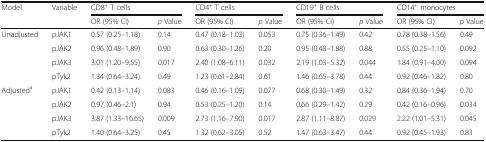
<table><thead><tr><td><b>Model</b></td><td><b>Variable</b></td><td colspan="2"><b>CD8<sup>+</sup> T cells</b></td><td colspan="2"><b>CD4<sup>+</sup> T cells</b></td><td colspan="2"><b>CD19<sup>+</sup> B cells</b></td><td colspan="2"><b>CD14<sup>+</sup> monocytes</b></td></tr><tr><td></td><td></td><td><b>OR (95% CI)</b></td><td><b><i>p</i> Value</b></td><td><b>OR (95% CI)</b></td><td><b><i>p</i> Value</b></td><td><b>OR (95% CI)</b></td><td><b><i>p</i> Value</b></td><td><b>OR (95% CI)</b></td><td><b><i>p</i> Value</b></td></tr></thead><tbody><tr><td>Unadjusted</td><td>pJAK1</td><td>0.57 (0.25–1.18)</td><td>0.14</td><td>0.47 (0.18–1.03)</td><td>0.053</td><td>0.75 (0.36–1.49)</td><td>0.42</td><td>0.78 (0.38–1.56)</td><td>0.49</td></tr><tr><td></td><td>pJAK2</td><td>0.96 (0.48–1.89)</td><td>0.90</td><td>0.63 (0.30–1.26)</td><td>0.20</td><td>0.95 (0.48–1.88)</td><td>0.88</td><td>0.55 (0.25–1.10)</td><td>0.092</td></tr><tr><td></td><td>pJAK3</td><td>3.01 (1.20–9.55)</td><td>0.017</td><td>2.40 (1.08–6.11)</td><td>0.032</td><td>2.19 (1.03–5.32)</td><td>0.044</td><td>1.84 (0.91–4.00)</td><td>0.094</td></tr><tr><td></td><td>pTyk2</td><td>1.34 (0.64–3.24)</td><td>0.49</td><td>1.23 (0.61–2.84)</td><td>0.61</td><td>1.46 (0.65–3.78)</td><td>0.44</td><td>0.92 (0.46–1.82)</td><td>0.80</td></tr><tr><td>Adjusted<sup>a</sup></td><td>pJAK1</td><td>0.42 (0.13–1.14)</td><td>0.083</td><td>0.46 (0.16–1.09)</td><td>0.077</td><td>0.68 (0.30–1.49)</td><td>0.32</td><td>0.84 (0.36–1.94)</td><td>0.70</td></tr><tr><td></td><td>pJAK2</td><td>0.97 (0.46–2.1)</td><td>0.94</td><td>0.53 (0.25–1.20)</td><td>0.14</td><td>0.66 (0.29–1.42)</td><td>0.29</td><td>0.42 (0.16–0.96)</td><td>0.034</td></tr><tr><td></td><td>pJAK3</td><td>3.87 (1.33–16.65)</td><td>0.009</td><td>2.73 (1.16–7.90)</td><td>0.017</td><td>2.87 (1.11–8.87)</td><td>0.029</td><td>2.22 (1.01–5.31)</td><td>0.045</td></tr><tr><td></td><td>pTyk2</td><td>1.40 (0.64–3.25)</td><td>0.45</td><td>1.32 (0.62–3.05)</td><td>0.52</td><td>1.47 (0.63–3.47)</td><td>0.44</td><td>0.92 (0.45–1.93)</td><td>0.83</td></tr></tbody></table>